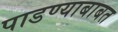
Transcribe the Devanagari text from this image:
पाडण्याबाबत